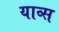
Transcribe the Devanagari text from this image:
याव्स